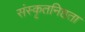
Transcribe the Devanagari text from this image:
संस्कृतनिष्ठता